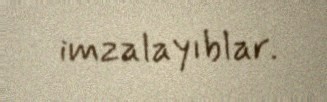
imzalayıblar.